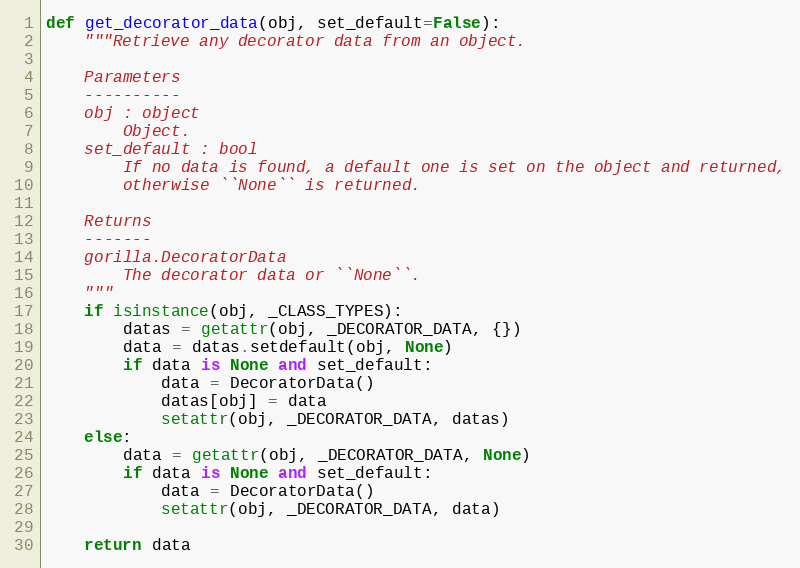
Language: Python
def get_decorator_data(obj, set_default=False):
    """Retrieve any decorator data from an object.

    Parameters
    ----------
    obj : object
        Object.
    set_default : bool
        If no data is found, a default one is set on the object and returned,
        otherwise ``None`` is returned.

    Returns
    -------
    gorilla.DecoratorData
        The decorator data or ``None``.
    """
    if isinstance(obj, _CLASS_TYPES):
        datas = getattr(obj, _DECORATOR_DATA, {})
        data = datas.setdefault(obj, None)
        if data is None and set_default:
            data = DecoratorData()
            datas[obj] = data
            setattr(obj, _DECORATOR_DATA, datas)
    else:
        data = getattr(obj, _DECORATOR_DATA, None)
        if data is None and set_default:
            data = DecoratorData()
            setattr(obj, _DECORATOR_DATA, data)

    return data